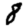
Digit: 8